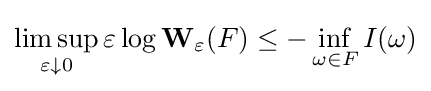
\limsup _{\varepsilon \downarrow 0}\varepsilon \log \mathbf {W} _{\varepsilon }(F)\leq -\inf _{\omega \in F}I(\omega )